Burma Government Medical School reports 1907-22
Year: 1907
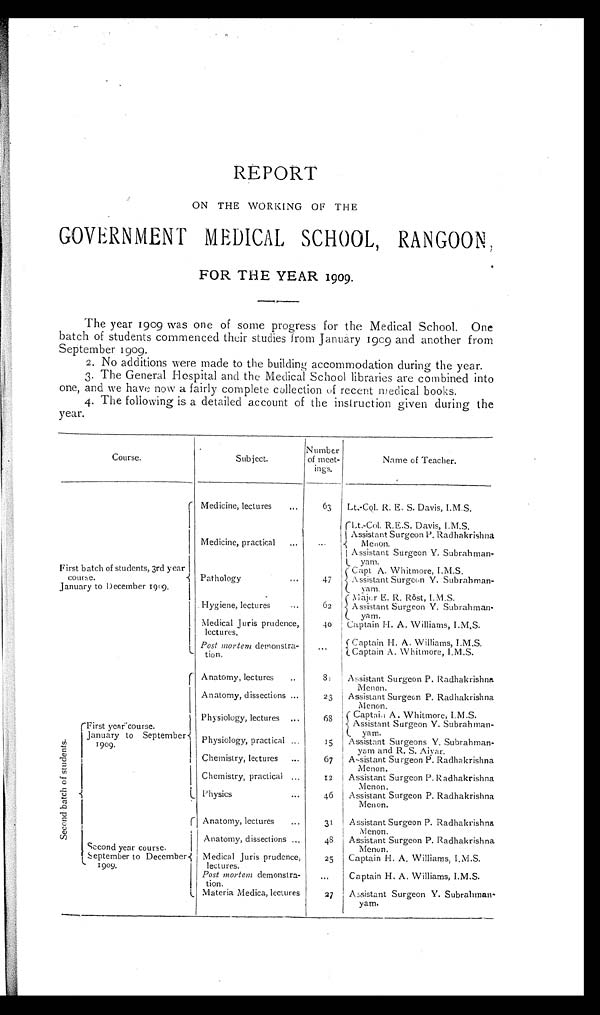
REPORT
ON THE WORKING OF THE
GOVERNMENT MEDICAL SCHOOL, RANGOON,
FOR THE YEAR 1909.
The year 1909 was one of some progress for the Medical School. One
batch of students commenced their studies from January 1909 and another from
September 1909.
2. No additions were made to the building accommodation during the year.
3. The General Hospital and the Medical School libraries are combined into
one, and we have now a fairly complete collection of recent medical books.
4. The following is a detailed account of the instruction given during the
year.
Course.
Subject.
Number
of meet-
ings.
Name of Teacher.
First batch of students, 3rd year
course.
January to December 1909.
Medicine, lectures
...
63
Lt.-Col. R. E. S. Davis, I.M.S.
Medicine, practical
...
Lt.-Col. R.E.S. Davis, I.M.S.
Assistant Surgeon P. Radhakrishna
Menon.
Assistant Surgeon V. Subrahman -
yam.
Pathology
...
47
Capt A. Whitmore, I.M.S.
Assistant Surgeon Y. Subrahman -
yam.
Hygiene, lectures
...
62
Major E. R. Röst, I.M.S.
A s s i s t a n t S u r g e o n Y . S u b r a h m a n -
y a m .
Medical Juris prudence,
lectures.
4 0
Captain H. A. Williams, I.M.S.
Post mortem demonstra-
t i o n .
. . .
Captain H. A. Williams, I.M.S.
Captain A. Whitmore, I.M.S.
S e c o n d b a t c h o f s u d e n t s .
First year course.
January to September
1909.
Anatomy, lectures
..
8 1
Assistant Surgeon P. Radhakrishna
Menon.
Anatomy, dissections ...
23
Assistant Surgeon P. Radhakrishna
Menon.
Physiology, lectures ...
68
Captaia A. Whitmore, I.M.S.
Assistant Surgeon Y. Subrahman-
yam
Physiology, practical
15
Assistant Surgeons Y. Subrahman-
yam and R. S. Aiyar.
Chemistry, lectures ...
67
Assistant Surgeon P. Radhakrishna
Menon.
Chemistry, practical ...
12
Assistant Surgeon P. Radhakrishna
Menon.
Physics
...
46
Assistant Surgeon P. Radhakrishna
Menon.
Second year course.
S e p t e m b e r t o D e c e m b e r 1 9 0 9 .
Anatomy, lectures
...
31
Assistant Surgeon P. Radhakrishna
Menon.
Anatomy, dissections ...
48
Assistant Surgeon P. Radhakrishna
Merlon.
Medical Juris prudence,
lectures.
25
Captain H. A. Williams, I.M.S.
Post molten demonstra-
tion.
. . .
Captain H. A. Williams, I.M.S.
Materia Medica, lectures
27
Assistant Surgeon Y. Subrahman-
yam.